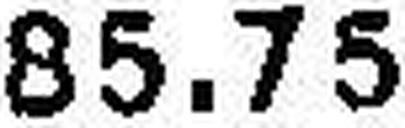
85.75